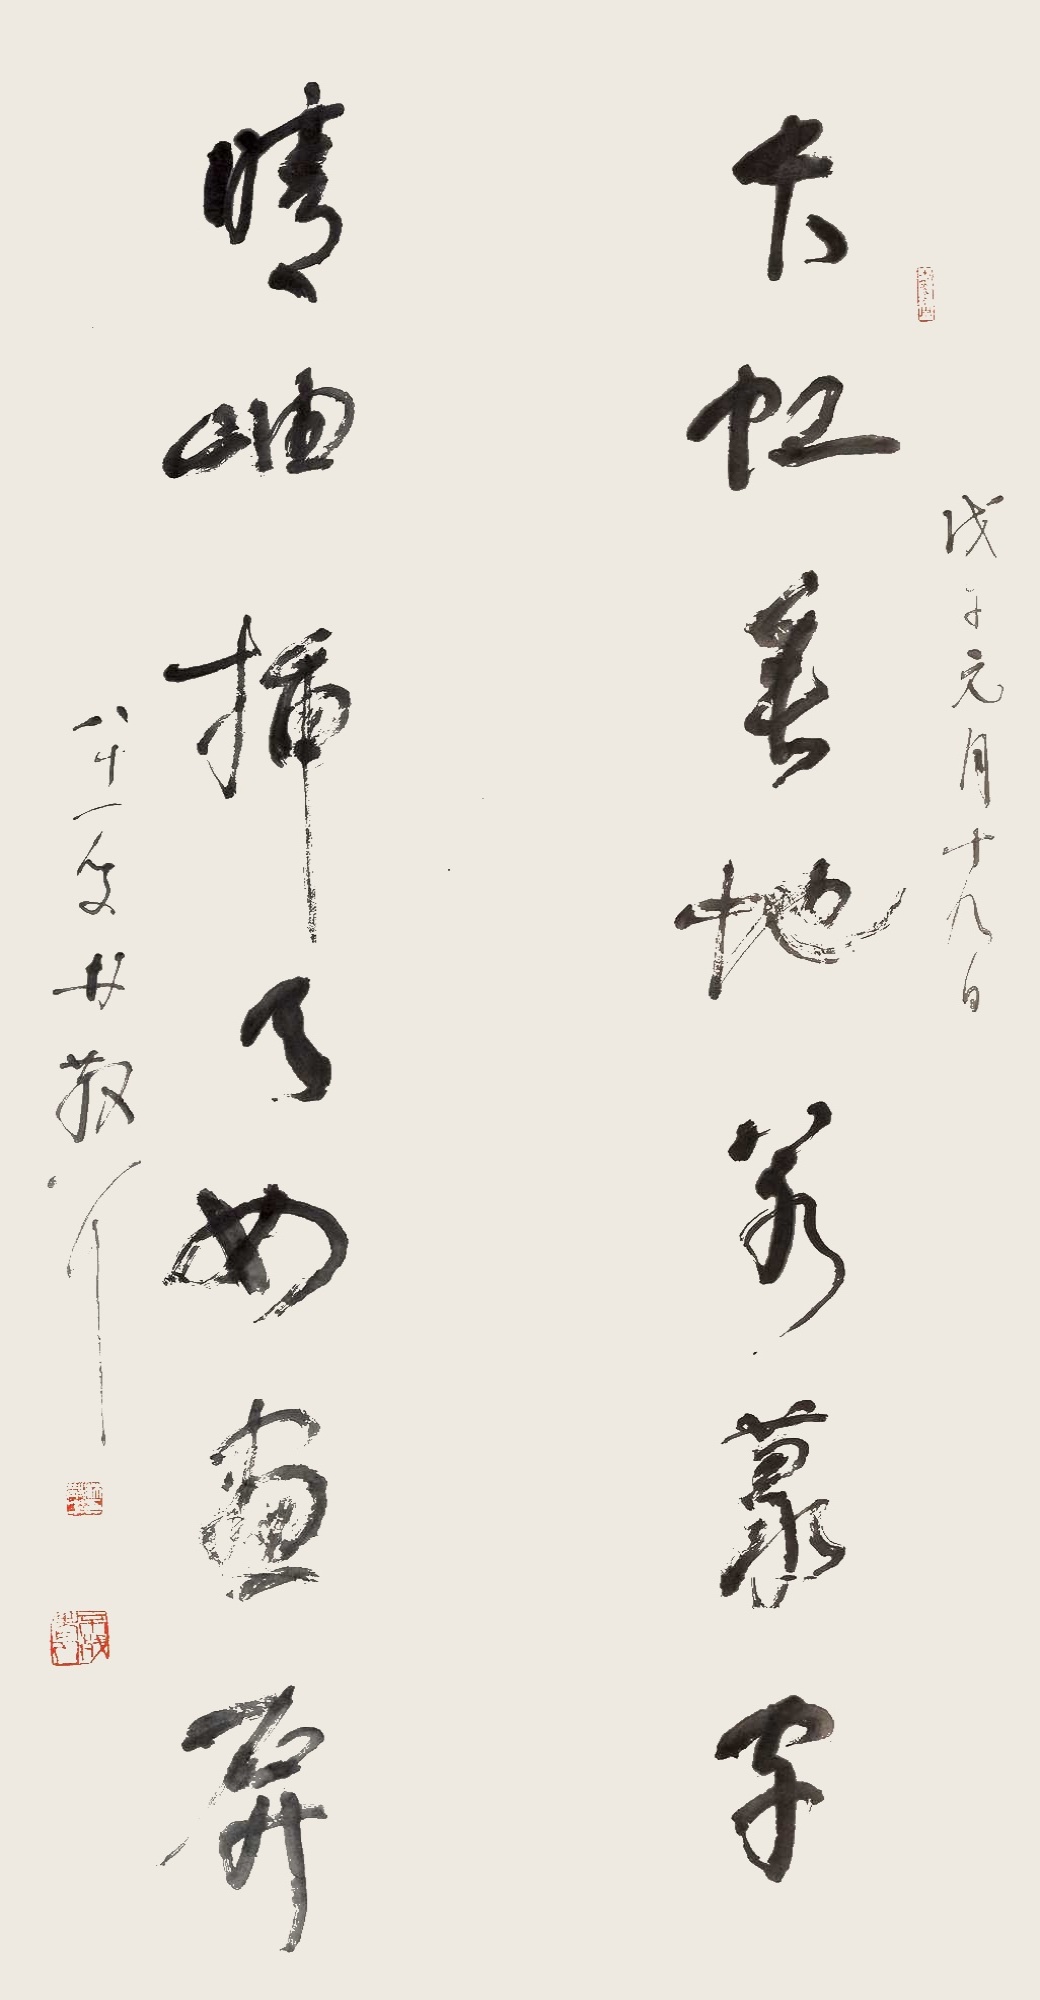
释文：长虹垂地若篆字，晴岫插天如画屏。戊子元月十九日，八十一叟林散耳。